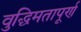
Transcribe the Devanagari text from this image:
वुद्धिमतापूर्ण